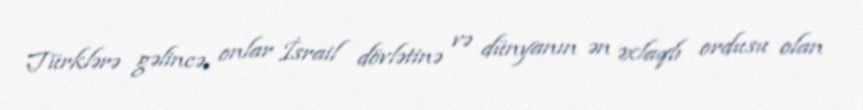
Türklərə gəlincə, onlar İsrail dövlətinə və dünyanın ən əxlaqlı ordusu olan